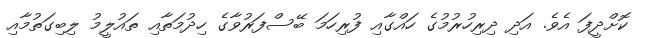
ކޮށްދީފަ އެވެ. އަދި ދިރިހުރުމުގެ ހައްގާއި ފުރިހަމަ ބޭސްފަރުވާގެ ހިދުމަތާއި ތައުލީމު ލިބިގަތުމާއި